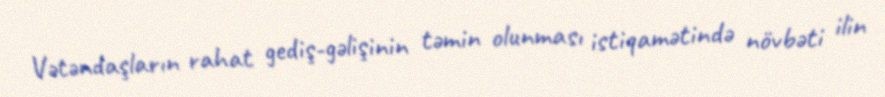
Vətəndaşların rahat gediş-gəlişinin təmin olunması istiqamətində növbəti ilin